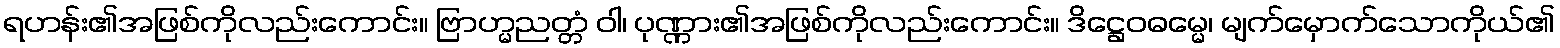
ရဟန်း၏အဖြစ်ကိုလည်းကောင်း။ ဗြာဟ္မညတ္တံ ဝါ၊ ပုဏ္ဏား၏အဖြစ်ကိုလည်းကောင်း။ ဒိဋ္ဌေဝဓမ္မေ၊ မျက်မှောက်သောကိုယ်၏